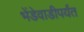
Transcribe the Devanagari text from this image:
भेंडेवाडीपर्यंत